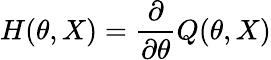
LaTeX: H(\theta,X)={\frac{\partial}{\partial\theta}}Q(\theta,X)